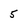
Character: 5